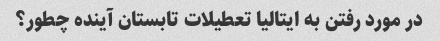
در مورد رفتن به ایتالیا تعطیلات تابستان آینده چطور؟